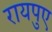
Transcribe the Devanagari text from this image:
रायपुए